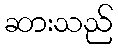
ဆားသည်